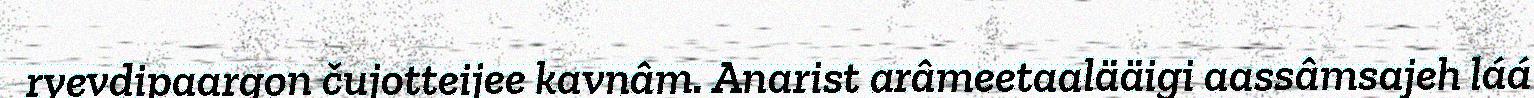
ryevdipaargon čujotteijee kavnâm. Anarist arâmeetaalääigi aassâmsajeh láá